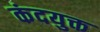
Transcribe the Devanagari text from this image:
कंदयुक्त